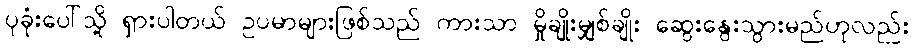
ပုခုံးပေါ်သို့ ရှားပါတယ် ဥပမာများဖြစ်သည် ကားသာ မှိုချိုးမျှစ်ချိုး ဆွေးနွေးသွားမည်ဟုလည်း